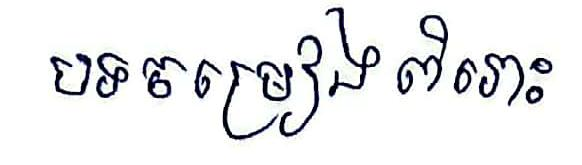
បទចម្រៀង ពិរោះ